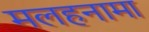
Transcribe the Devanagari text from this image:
मलहनामा